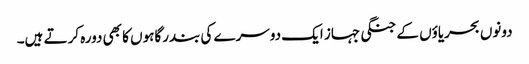
دونوں بحریاؤں کے جنگی جہاز ایک دوسرے کی بندرگاہوں کا بھی دورہ کرتے ہیں۔